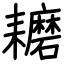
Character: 耱